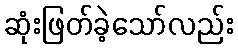
ဆုံးဖြတ်ခဲ့သော်လည်း